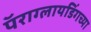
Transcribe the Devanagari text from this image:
पॅराग्लायडिंगच्या